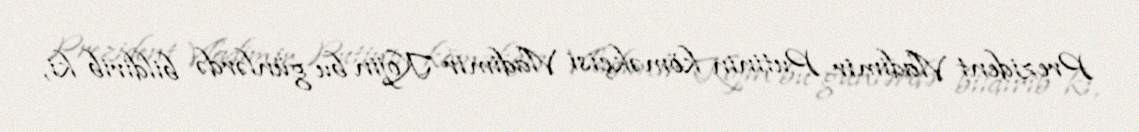
Prezident Vladimir Putinin köməkçisi Vladimir Kojin bu günlərdə bildirib ki,